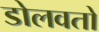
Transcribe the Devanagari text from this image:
डोलवतो